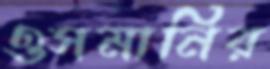
ওসমানির